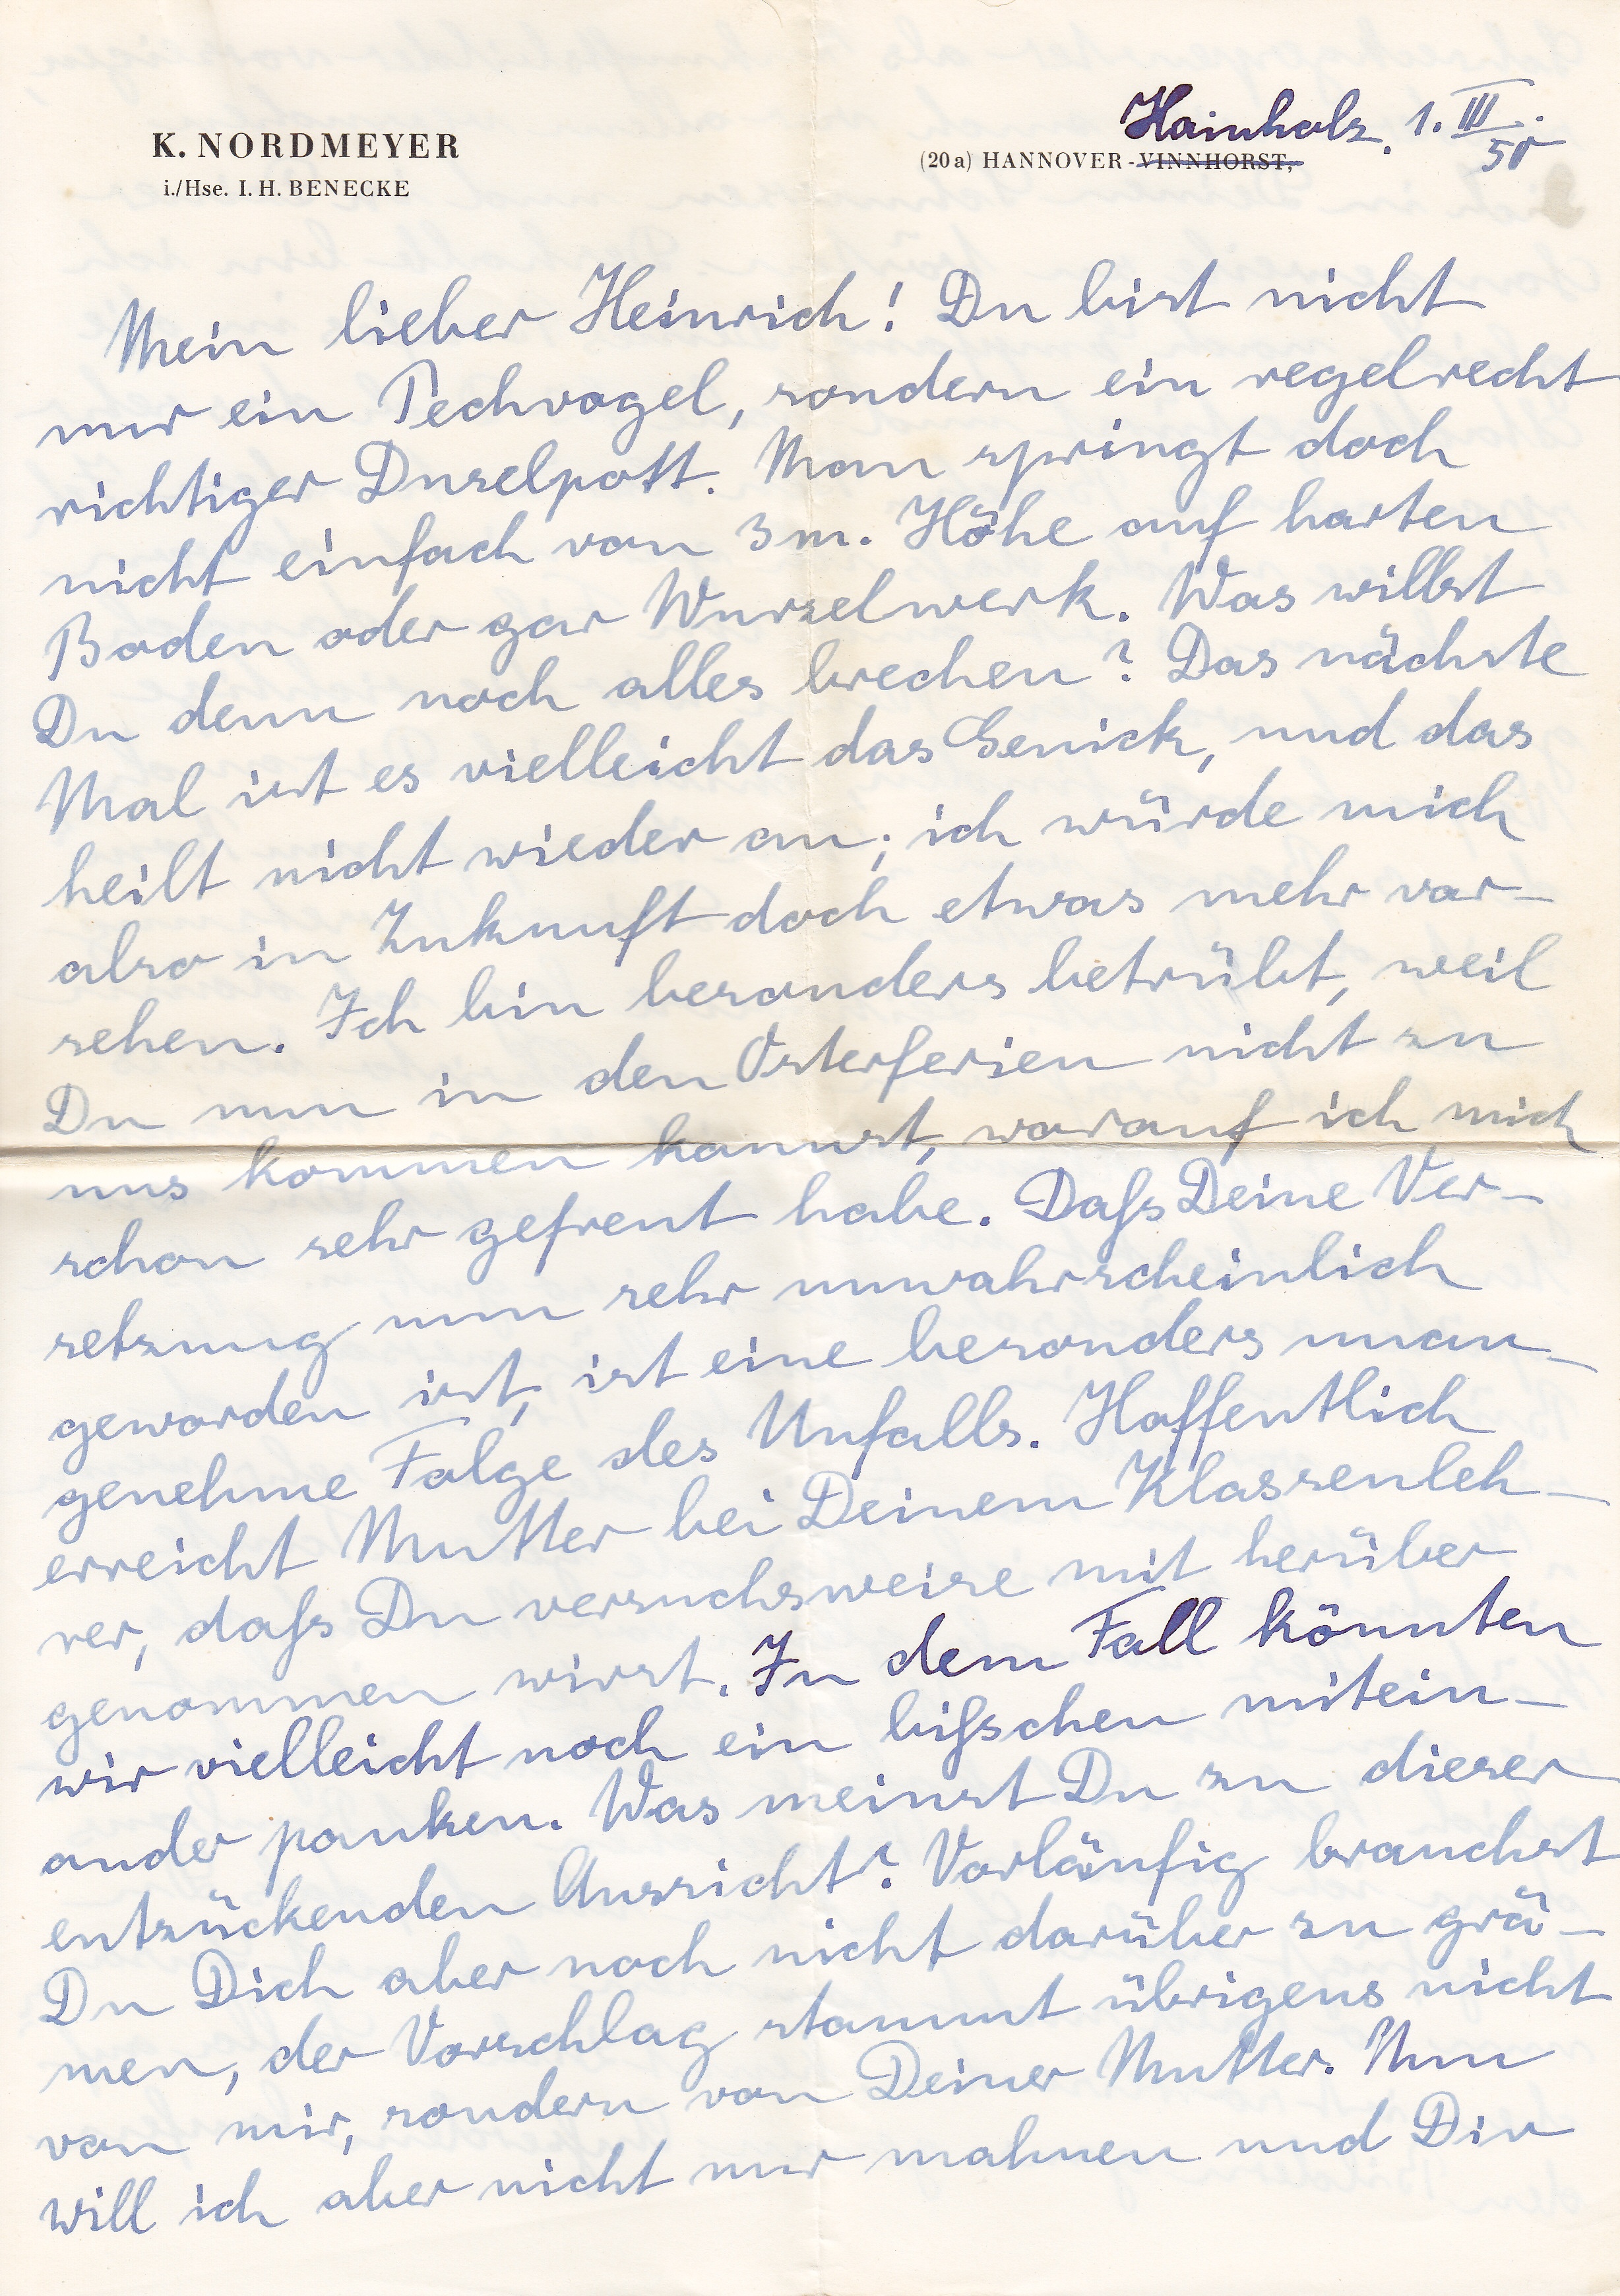
Hainholz, 1. III
50
Mein lieber Heinrich! Du bist nicht
nur ein Pechvogel, sondern ein regelrecht
richtiger Duselpott. Man springt doch
nicht einfach von 3m. Höhe auf harten
Boden oder gar Wurzelwerk. Was willst
Du denn noch alles brechen? Das nächste
Mal ist es vielleicht das Genick, und das
heilt nicht wieder an; ich würde mich
also in Zukunft doch etwas mehr vor
sehen. Ich bin besonders betrübt, weil
Du nun in den Osterferien nicht zu
uns kommen kannst, worauf ich mich
schon sehr gefreut habe. Daß Deine Ver
setzung nun sehr unwahrscheinlich
geworden ist, ist eine besonders unan
genehme Folge des Unfalls. Hoffentlich
erreicht Mutter bei Deinem Klassenleh
rer, daß Du versuchsweise mit herüber
genommen wirst. In dem Fall könnten
wir vielleicht noch ein bißchen mitein
ander pauken. Was meinst Du zu dieser
entzückenden Aussicht? Vorläufig brauchst
Du Dich aber noch nicht darüber zu grä
men, der Vorschlag stammt übrigens nicht
von mir, sondern von Deiner Mutter. Nun
will ich aber nicht nur mahnen und Dir